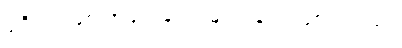
ပုံရိပ်အဖြစ် အရင် တွေ့ မြင်ရခြင်း ဖြစ်ပါတယ်။